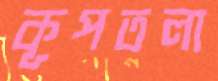
কূপতলা